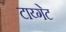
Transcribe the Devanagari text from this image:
टाय्गेट